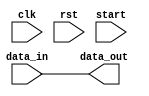
module i2c_controller(
    input wire clk,
    input wire rst,
    input wire start,
    input wire data_in,
    output wire data_out
);

reg [2:0] state;
reg [7:0] counter;

parameter IDLE = 3'b000;
parameter START = 3'b001;
parameter TRANSMIT = 3'b010;
parameter RECEIVE = 3'b011;

always @(posedge clk or posedge rst) begin
    if (rst) begin
        state <= IDLE;
        counter <= 8'b00000000;
    end else begin
        case (state)
            IDLE: begin
                if (start) begin
                    state <= START;
                    counter <= 8'b00000000;
                end
            end
            START: begin
                if (counter == 8'd7) begin
                    state <= TRANSMIT;
                    counter <= 8'd0;
                end else begin
                    counter <= counter + 1;
                end
            end
            TRANSMIT: begin
                // Implement transmit logic here
            end
            RECEIVE: begin
                // Implement receive logic here
            end
        endcase
    end
end

assign data_out = data_in;

endmodule